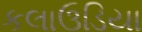
કલાઉડિયા